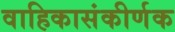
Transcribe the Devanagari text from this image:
वाहिकासंकीर्णक